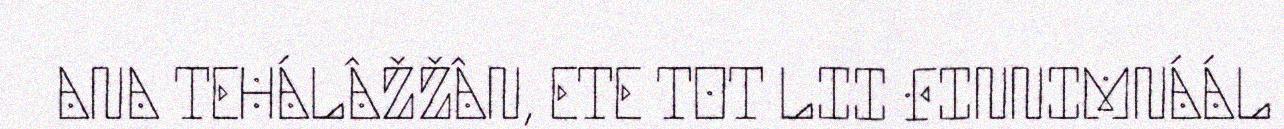
ANA TEHÁLÂŽŽÂN, ETE TOT LII FINNIMNÁÁL